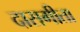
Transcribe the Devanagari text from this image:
दासगीता